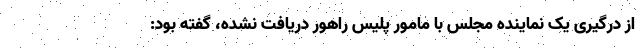
از درگیری یک نماینده مجلس با مامور پلیس راهور دریافت نشده، گفته بود: